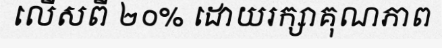
លើសពី ២០% ដោយរក្សាគុណភាព